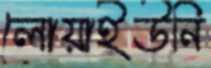
লোয়াইউনি